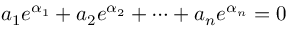
a _ { 1 } e ^ { \alpha _ { 1 } } + a _ { 2 } e ^ { \alpha _ { 2 } } + \cdots + a _ { n } e ^ { \alpha _ { n } } = 0